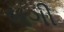
લગી